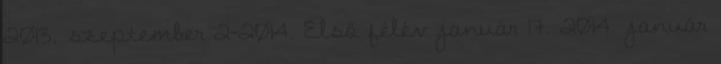
2013. szeptember 2-2014. Első félév január 17. 2014. január